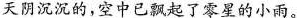
天阴沉沉的，空中已飘起了零星的小雨。